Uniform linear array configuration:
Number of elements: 64
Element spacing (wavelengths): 1
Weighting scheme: hann
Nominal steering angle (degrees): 30
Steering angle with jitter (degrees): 28.158
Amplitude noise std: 0.05
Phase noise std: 0.05

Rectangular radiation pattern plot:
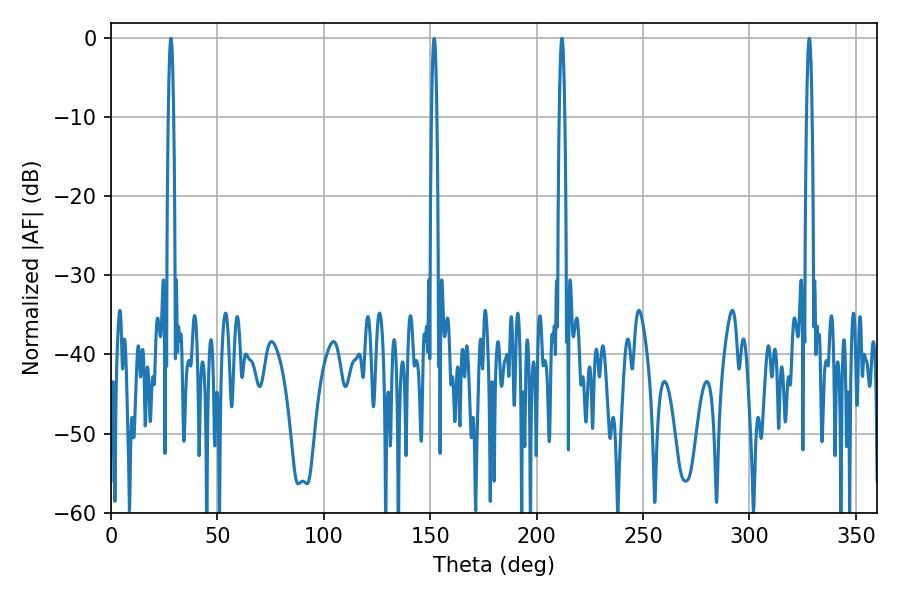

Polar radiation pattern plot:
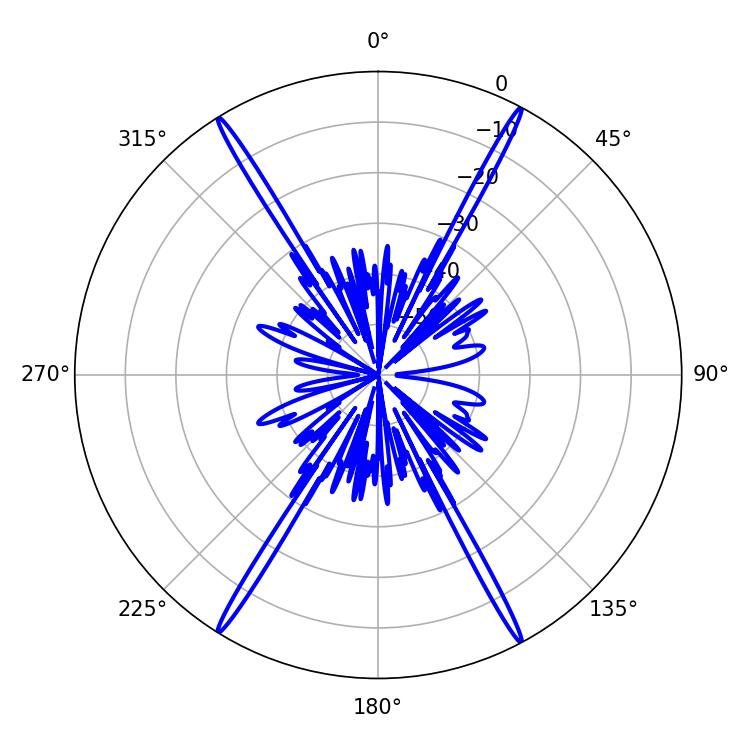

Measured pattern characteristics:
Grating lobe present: TRUE
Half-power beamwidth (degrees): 1.44
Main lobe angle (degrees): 328.14